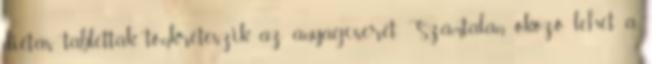
diétás tabletták tönkreteszik az anyagcserét. Számtalan okozó lehet a